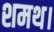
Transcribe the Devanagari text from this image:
शमथ।